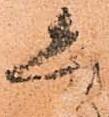
恐